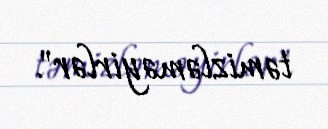
təmizləməyirlər".